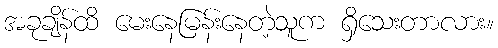
အခုချိန်ထိ မေးနေမြန်းနေတဲ့သူက ရှိသေးတာလား။